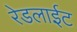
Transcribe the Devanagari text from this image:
रेडलाईट